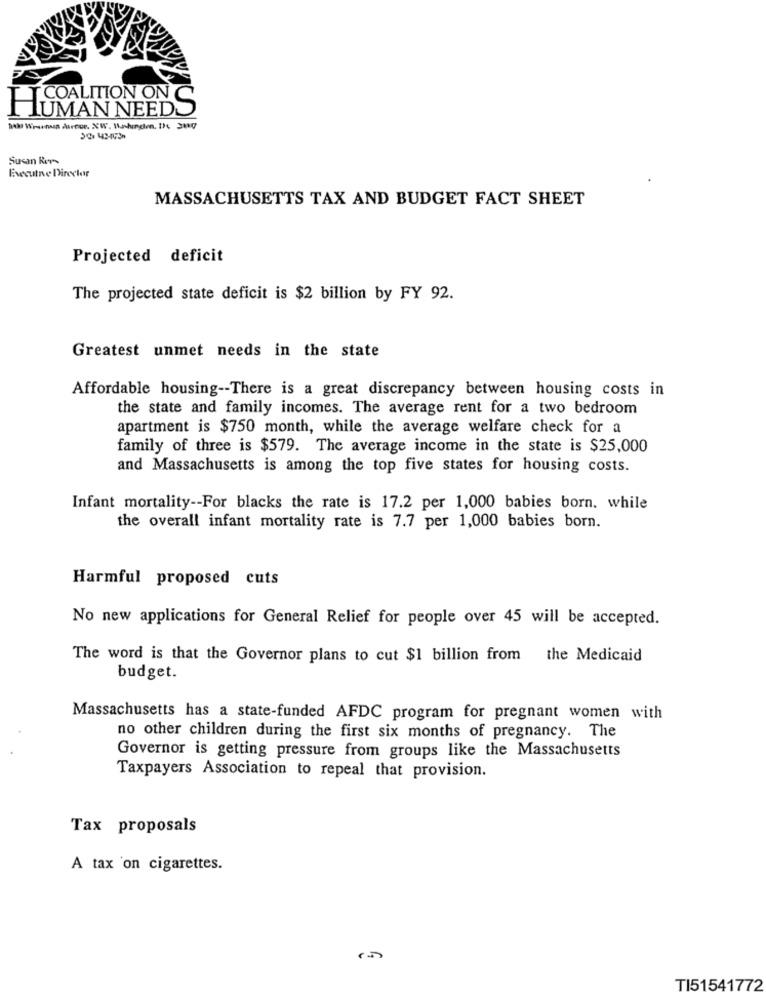
[ COALITION ON
HUMAN NEEDS
Susan Rers
Executive Director
MASSACHUSETTS TAX AND BUDGET FACT SHEET
Projected deficit
The projected state deficit is $2 billion by FY 92.
Greatest unmet needs in the state
Affordable housing -- There is a great discrepancy between housing costs in
the state and family incomes. The average rent for a two bedroom
apartment is $750 month, while the average welfare check for a
family of three is $579. The average income in the state is $25,000
and Massachusetts is among the top five states for housing costs.
Infant mortality -- For blacks the rate is 17.2 per 1,000 babies born. while
the overall infant mortality rate is 7.7 per 1,000 babies born.
Harmful proposed cuts
No new applications for General Relief for people over 45 will be accepted.
The word is that the Governor plans to cut $1 billion from
the Medicaid
budget.
Massachusetts has a state-funded AFDC program for pregnant women with
no other children during the first six months of pregnancy. The
Governor is getting pressure from groups like the Massachusetts
Taxpayers Association to repeal that provision.
Tax proposals
A tax 'on cigarettes.
TI51541772